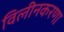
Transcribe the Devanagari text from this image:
विलीनकरणा